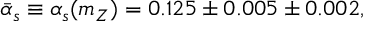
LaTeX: \bar { \alpha } _ { s } \equiv \alpha _ { s } ( m _ { Z } ) = 0 . 1 2 5 \pm 0 . 0 0 5 \pm 0 . 0 0 2 ,